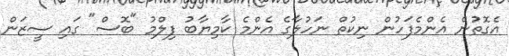
އެގޮތުން އެންމެފަހުން ނިކުތް ނަހުލާގެ އެންމެ ކާމިޔާބު ފިލްމު "ބޮސް" ގައި ސީޒަން